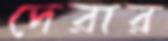
দেরার